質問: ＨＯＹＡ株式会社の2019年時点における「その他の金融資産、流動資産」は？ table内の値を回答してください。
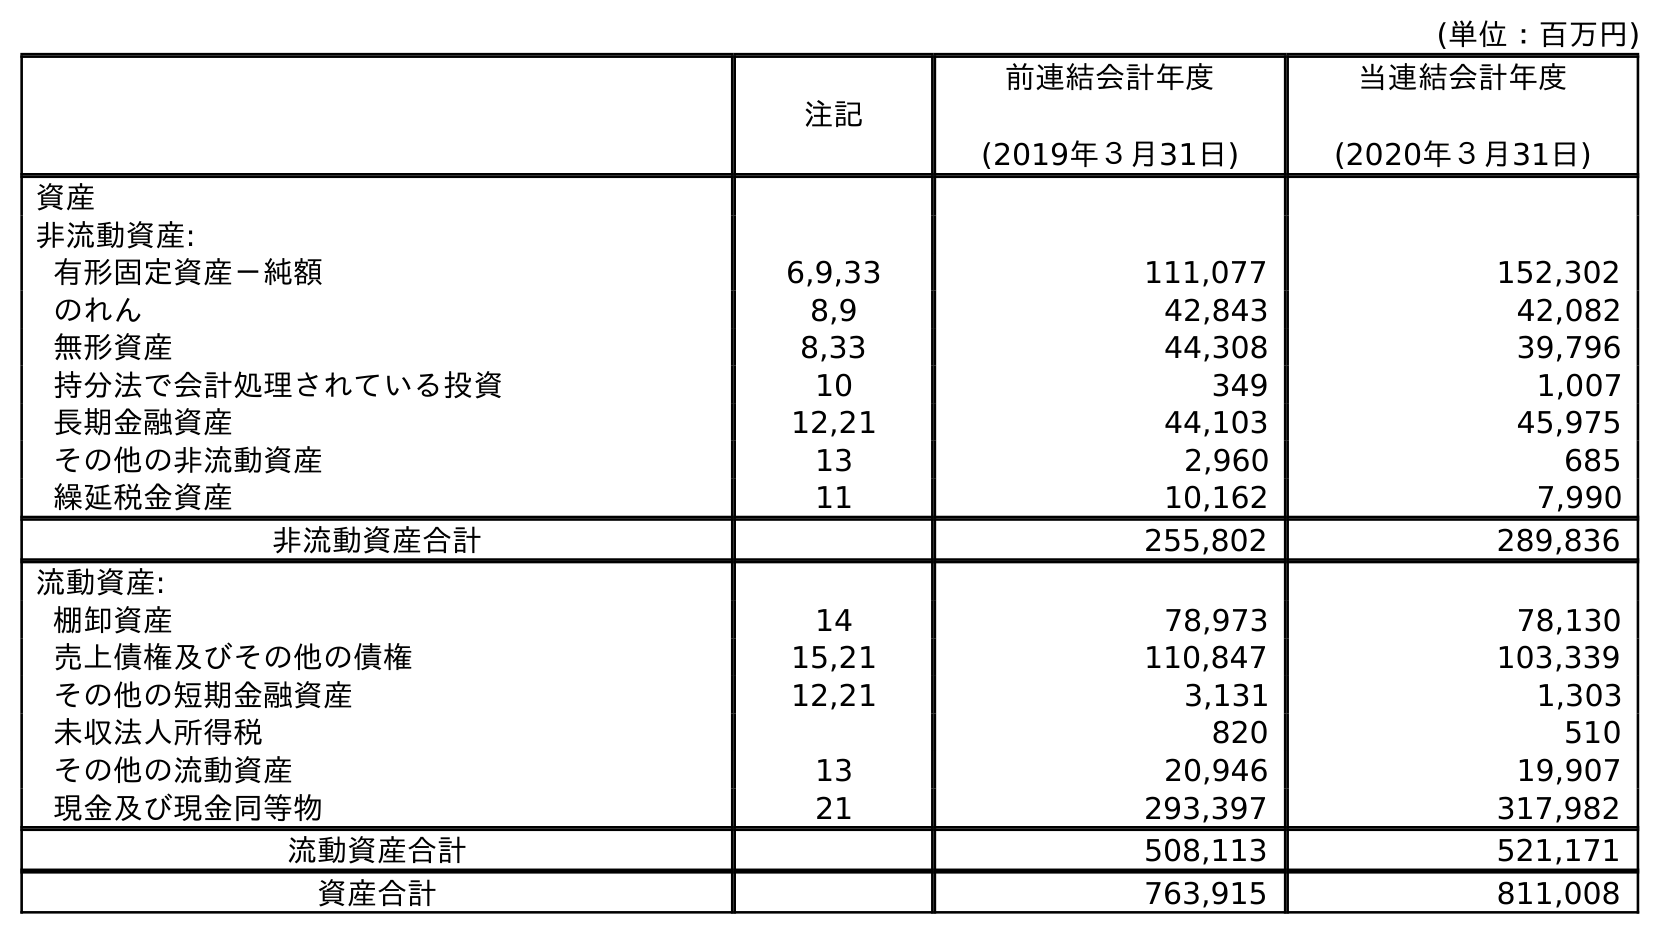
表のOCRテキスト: (単位：百万円) 注記 前連結会計年度 (2019年３月31日) 当連結会計年度 (2020年３月31日) 資産 非流動資産: 有形固定資産－純額 6,9,33 111,077 152,302 のれん 8,9 42,843 42,082 無形資産 8,33 44,308 39,796 持分法で会計処理されている投資 10 349 1,007 長期金融資産 12,21 44,103 45,975 その他の非流動資産 13 2,960 685 繰延税金資産 11 10,162 7,990 非流動資産合計 255,802 289,836 流動資産: 棚卸資産 14 78,973 78,130 売上債権及びその他の債権 15,21 110,847 103,339 その他の短期金融資産 12,21 3,131 1,303 未収法人所得税 820 510 その他の流動資産 13 20,946 19,907 現金及び現金同等物 21 293,397 317,982 流動資産合計 508,113 521,171 資産合計 763,915 811,008
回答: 3,131